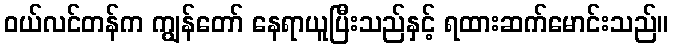
ဝယ်လင်တန်က ကျွန်တော် နေရာယူပြီးသည်နှင့် ရထားဆက်မောင်းသည်။